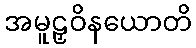
အမူဠှဝိနယောတိ